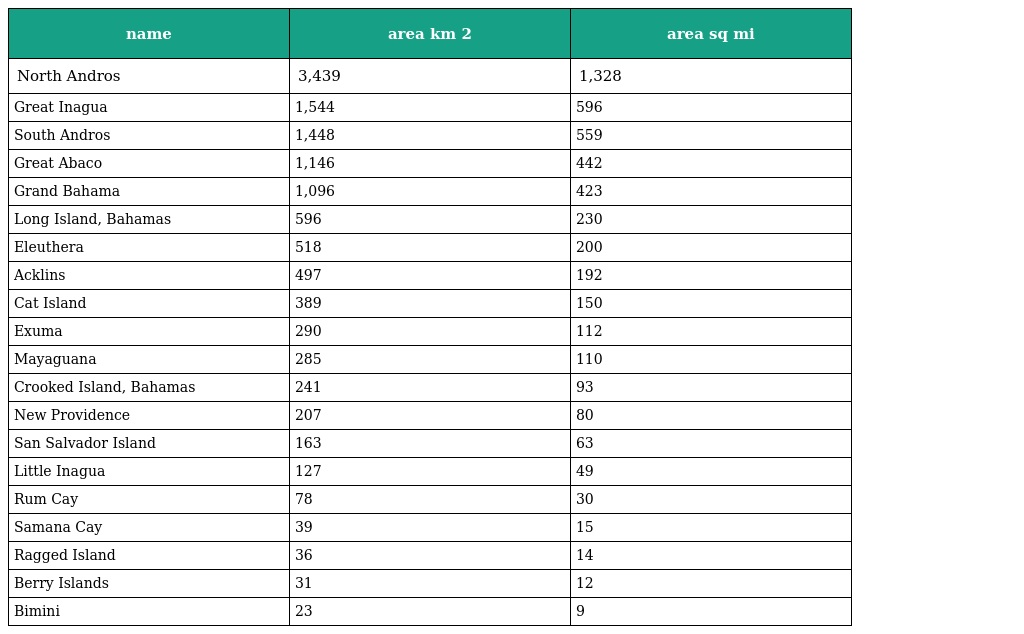
| name | area km 2 | area sq mi |
 | --- | --- | --- |
 | North Andros | 3,439 | 1,328 |
 | Great Inagua | 1,544 | 596 |
 | South Andros | 1,448 | 559 |
 | Great Abaco | 1,146 | 442 |
 | Grand Bahama | 1,096 | 423 |
 | Long Island, Bahamas | 596 | 230 |
 | Eleuthera | 518 | 200 |
 | Acklins | 497 | 192 |
 | Cat Island | 389 | 150 |
 | Exuma | 290 | 112 |
 | Mayaguana | 285 | 110 |
 | Crooked Island, Bahamas | 241 | 93 |
 | New Providence | 207 | 80 |
 | San Salvador Island | 163 | 63 |
 | Little Inagua | 127 | 49 |
 | Rum Cay | 78 | 30 |
 | Samana Cay | 39 | 15 |
 | Ragged Island | 36 | 14 |
 | Berry Islands | 31 | 12 |
 | Bimini | 23 | 9 |